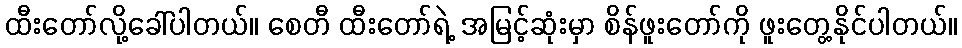
ထီးတော်လို့ခေါ်ပါတယ်။ စေတီ ထီးတော်ရဲ့ အမြင့်ဆုံးမှာ စိန်ဖူးတော်ကို ဖူးတွေ့နိုင်ပါတယ်။